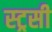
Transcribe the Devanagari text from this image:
स्ट्रसी